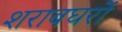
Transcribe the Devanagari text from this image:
शराबघरों